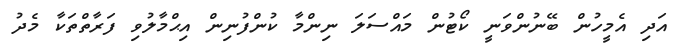
އަދި އެމީހުން ބޭނުންވަނީ ކޯޓުން މައްސަލަ ނިންމާ ކުންފުނިން އިޙްމާލުވި ފަރާތްތަކާ މެދު